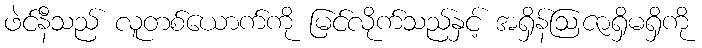
ဖဲင်နီသည် လူတစ်ယောက်ကို မြင်လိုက်သည်နှင့် အရှိန်ဩဇာရှိမရှိကို